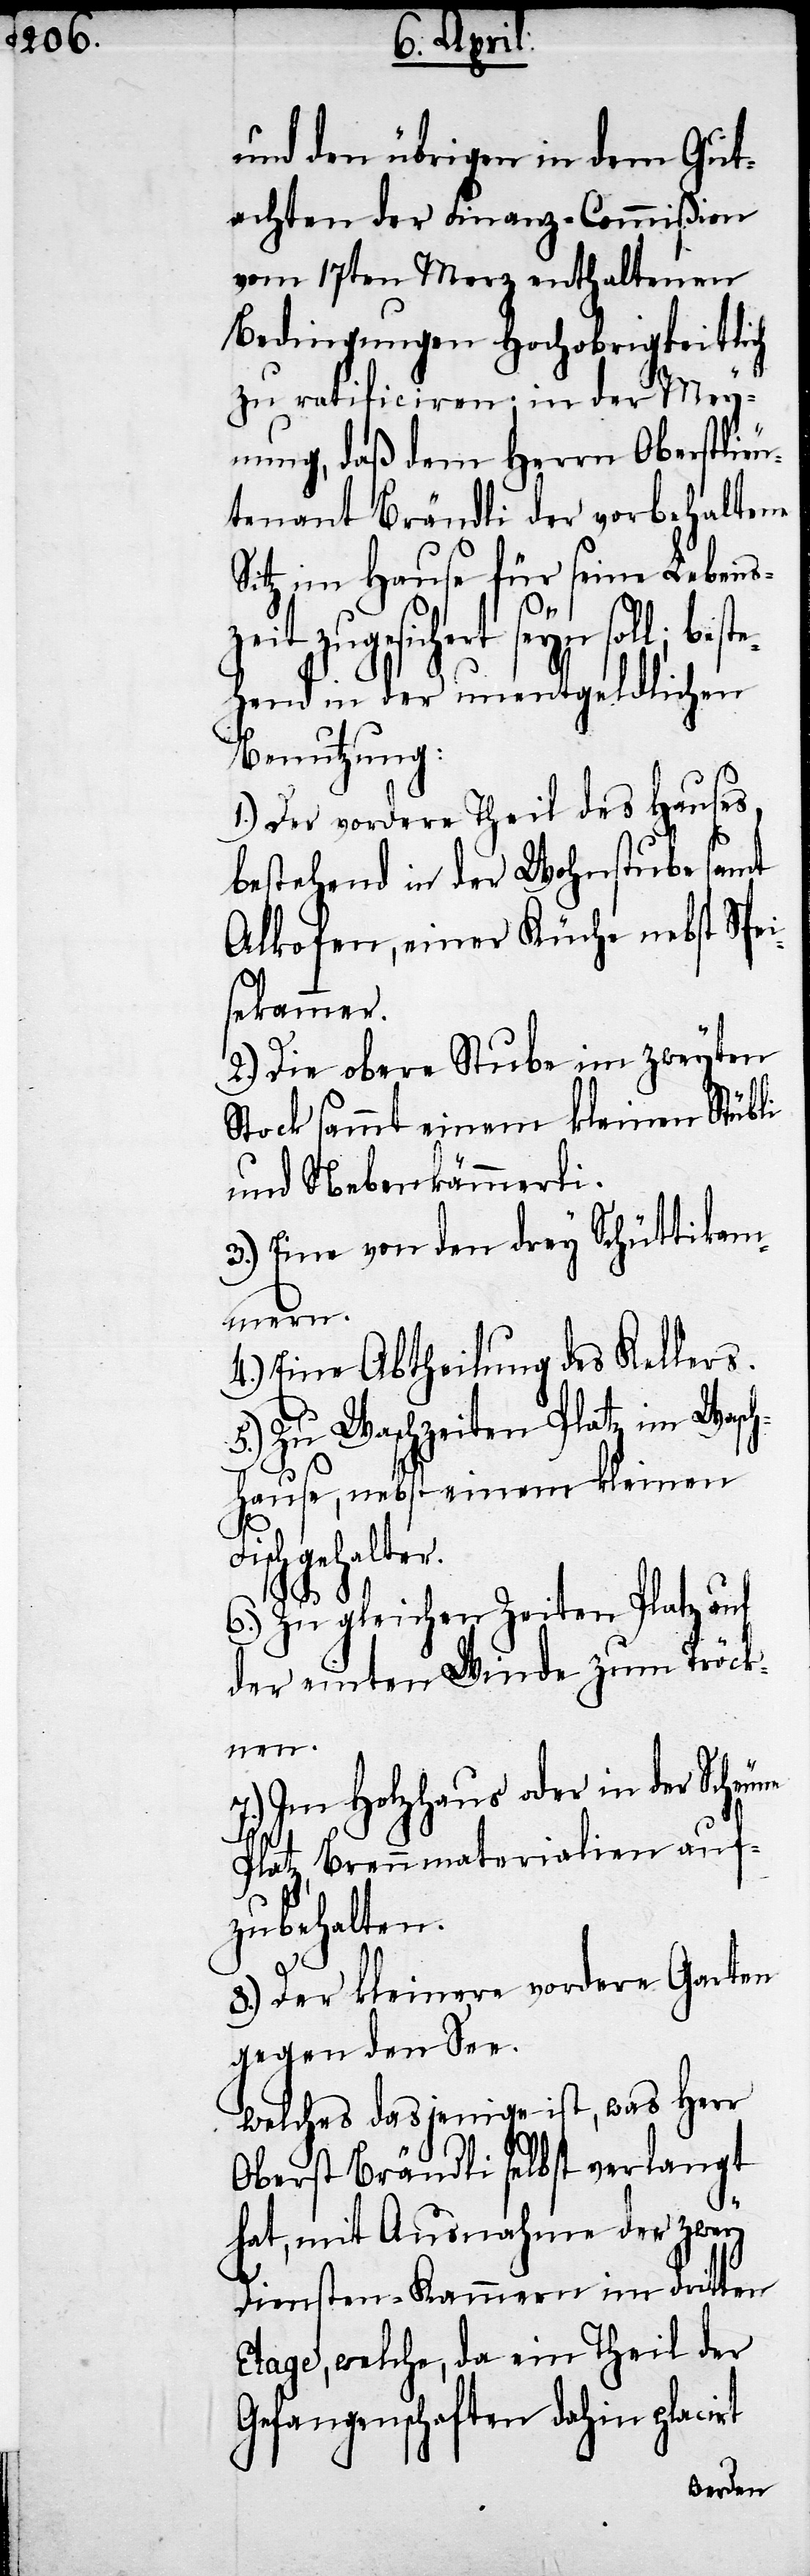
und den übrigen in dem Gut¬
achten der Finanz-Commißion
vom 17ten Merz enthaltenen
Bedingungen Hochobrigkeitlich
zu ratificiren; in der Mey¬
nung, daß dem Herrn Oberstlieu¬
tenant Brändli der vorbehaltene
Sitz, im Hause für seine Lebensz¬
t seyn soll; best¬
ehend in der unentgeldlichen
Benutzung:
1.) Der vordere Theil des Hauses,
bestehend in der Wohnstube samt
Alkofen, einer Küche nebst Spe¬
sekammer.
2.) Die obere Stube im zweyten
Stock sammt einem kleinen Stübli
und Nebenkämmerli.
3.) Eine von den drey Schüttikam¬
mern.
4.) Eine Abtheilung des Kellers.
5.) Zu Waschzeiten Platz im Wasch¬
hause, nebst einem kleinen
schgehalter.
6.) Zu gleichen Zeiten Platz auf
der einten Winde zum Tröck¬
nen.
7.) Im Holzhaus oder in der Scheu¬
Platz, Brennmaterialien auf¬
zubehalten.
8.) Der kleinere vordere Garten
gegen den See.
welches dasjenige ist, was Herr
Oberst Brändli selbst verlangt
hat, mit Ausnahme der zwey
ne
Diensten-Kammern im dritten
Etage, welche, da ein Theil der
Gefangenschaften dahin placirt